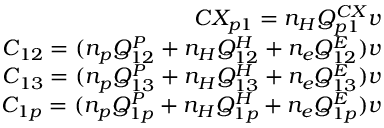
\begin{array} { r } { C X _ { p 1 } = n _ { H } Q _ { p 1 } ^ { C X } v } \\ { C _ { 1 2 } = ( n _ { p } Q _ { 1 2 } ^ { P } + n _ { H } Q _ { 1 2 } ^ { H } + n _ { e } Q _ { 1 2 } ^ { E } ) v } \\ { C _ { 1 3 } = ( n _ { p } Q _ { 1 3 } ^ { P } + n _ { H } Q _ { 1 3 } ^ { H } + n _ { e } Q _ { 1 3 } ^ { E } ) v } \\ { C _ { 1 p } = ( n _ { p } Q _ { 1 p } ^ { P } + n _ { H } Q _ { 1 p } ^ { H } + n _ { e } Q _ { 1 p } ^ { E } ) v } \end{array}